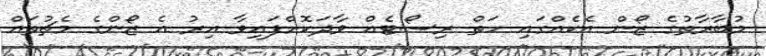
މުބާރާތުގެ ޒޯން އެކެއްގައި ހަތް ރިސޯޓެއް ވާދަކޮށްފައިވާ އިރު އެ ޒޯންގެ މެޗުތައް